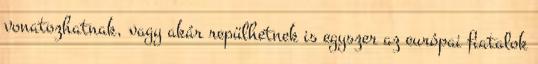
vonatozhatnak, vagy akár repülhetnek is egyszer az európai fiatalok